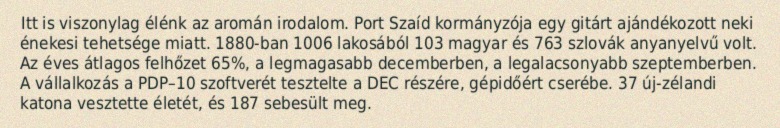
Itt is viszonylag élénk az aromán irodalom. Port Szaíd kormányzója egy gitárt ajándékozott neki énekesi tehetsége miatt. 1880-ban 1006 lakosából 103 magyar és 763 szlovák anyanyelvű volt. Az éves átlagos felhőzet 65%, a legmagasabb decemberben, a legalacsonyabb szeptemberben. A vállalkozás a PDP–10 szoftverét tesztelte a DEC részére, gépidőért cserébe. 37 új-zélandi katona vesztette életét, és 187 sebesült meg.